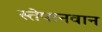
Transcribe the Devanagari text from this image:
स्तेपानवान